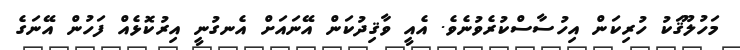
މަހުލޫޤަކު ހުރިކަން އިހުސާސްކުރެވުނެވެ. އެއީ ވާޤިދުކަން އޭނައަށް އެނގުނީ އިރުކޮޅެއް ފަހުން އޭނަގެ